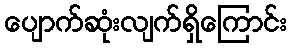
ပျောက်ဆုံးလျက်ရှိကြောင်း